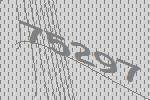
75297